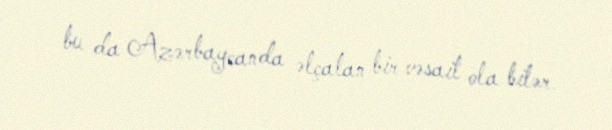
bu da Azərbaycanda əlçatan bir vəsait ola bilər.